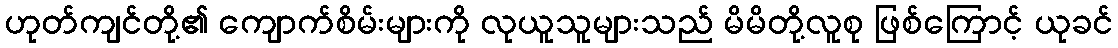
ဟုတ်ကျင်တို့၏ ကျောက်စိမ်းများကို လုယူသူများသည် မိမိတို့လူစု ဖြစ်ကြောင့် ယုခင်